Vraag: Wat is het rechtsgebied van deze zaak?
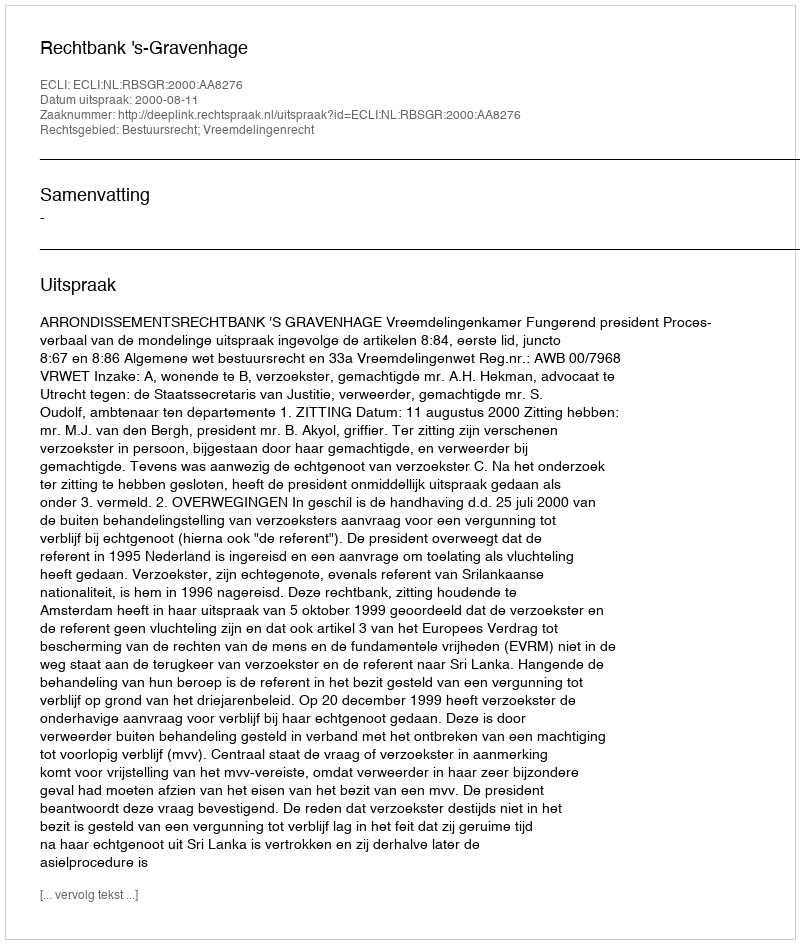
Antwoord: Bestuursrecht; Vreemdelingenrecht